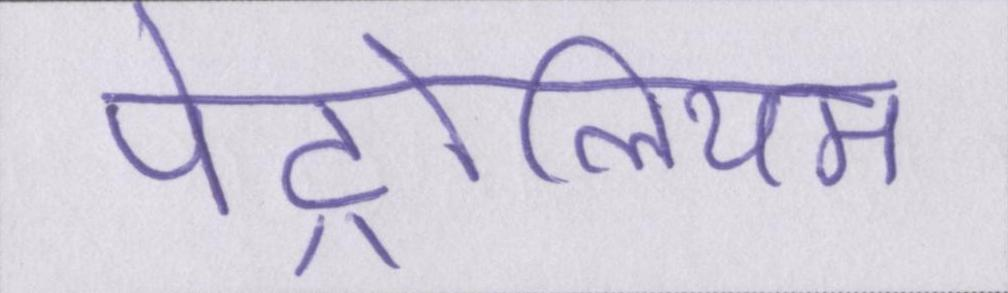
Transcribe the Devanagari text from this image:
पेट्रोलियम